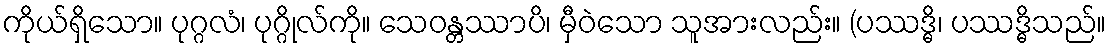
ကိုယ်ရှိသော။ ပုဂ္ဂလံ၊ ပုဂ္ဂိုလ်ကို။ သေဝန္တဿာပိ၊ မှီဝဲသော သူအားလည်း။ (ပဿဒ္ဓိ၊ ပဿဒ္ဓိသည်။